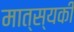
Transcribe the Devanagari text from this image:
मात्स्यकी